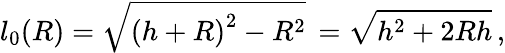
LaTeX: l_{0}(R)=\sqrt{\left(h+R\right)^{2}-R^{2}}\, =\sqrt{h^{2}+2Rh}\, ,